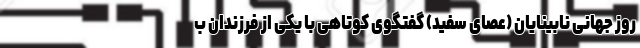
روز جهانی نابینایان (عصای سفید) گفتگوی کوتاهی با یکی از فرزندان ب